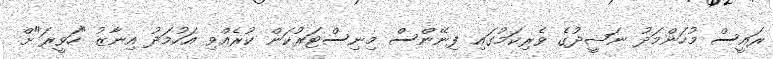
ރައީސް މުހަންމަދު ނަޝީދުގެ ވެރިކަމުގައި ފިނޭންސް މިނިސްޓަރުކަން ކުރެއްވި އަހުމަދު އިނާޒު "ހަވީރަ"ށް